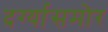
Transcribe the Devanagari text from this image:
दर्ग्यासमोर